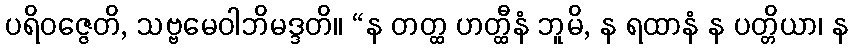
ပရိဝဇ္ဇေတိ, သဗ္ဗမေဝါဘိမဒ္ဒတိ။ “န တတ္ထ ဟတ္ထီနံ ဘူမိ, န ရထာနံ န ပတ္တိယာ၊ န